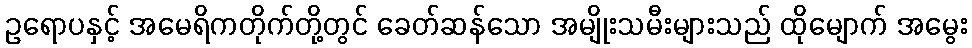
ဥရောပနှင့် အမေရိကတိုက်တို့တွင် ခေတ်ဆန်သော အမျိုးသမီးများသည် ထိုမျောက် အမွေး